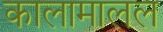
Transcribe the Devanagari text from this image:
कालामालल